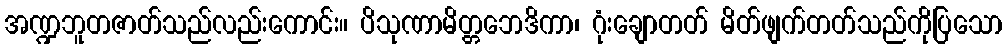
အဏ္ဍဘူတဇာတ်သည်လည်းကောင်း။ ပိသုဏာမိတ္တဘေဒိကာ၊ ဂုံးချောတတ် မိတ်ဖျက်တတ်သည်ကိုပြသော